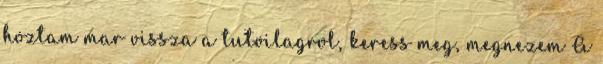
hoztam mar vissza a tulvilagrol, keress meg, megnezem A